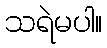
သရဲမပါ။